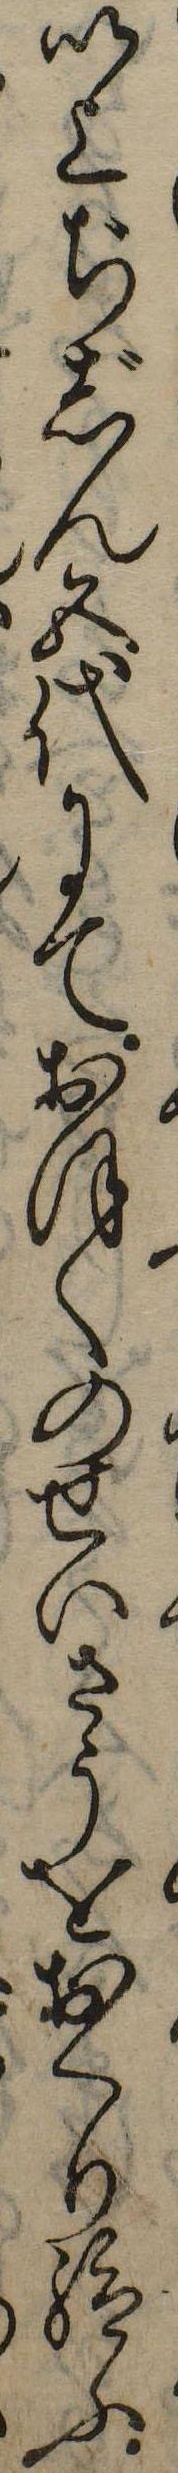
以上ぢじん五代にておほくのせいさうをおくり給ふ